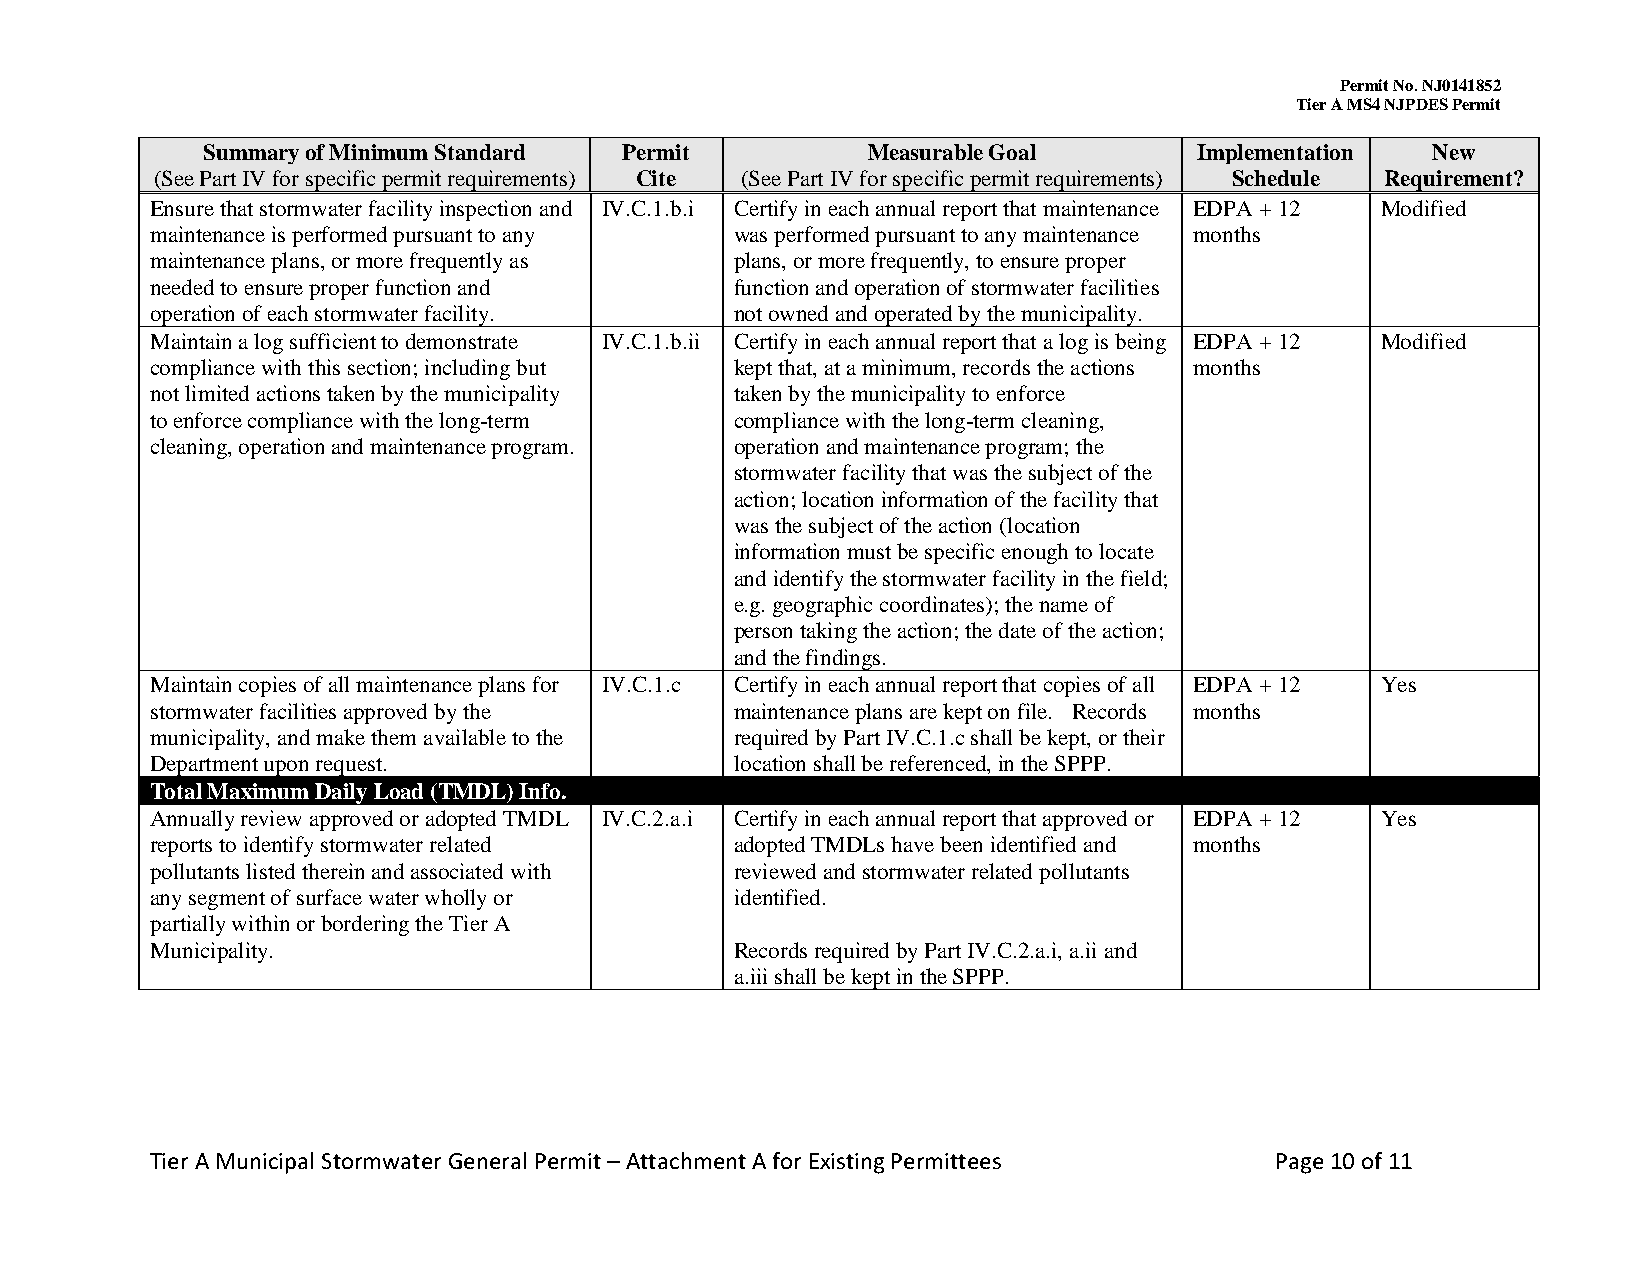
Permit No. NJ0141852
 Tier A MS4 NJPDES Permit
 Summary of Minimum Standard Permit          Measurable Goal       Implementation  New
 (See Part IV for specific permit requirements) Cite (See Part IV for specific permit requirements) Schedule Requirement?
 Ensure that stormwater facility inspection and IV.C.1.b.i Certify in each annual report that maintenance EDPA + 12 Modified
 maintenance is performed pursuant to any was performed pursuant to any maintenance months
 maintenance plans, or more frequently as plans, or more frequently, to ensure proper
 needed to ensure proper function and   function and operation of stormwater facilities
 operation of each stormwater facility. not owned and operated by the municipality.
 Maintain a log sufficient to demonstrate IV.C.1.b.ii Certify in each annual report that a log is being EDPA + 12 Modified
 compliance with this section; including but kept that, at a minimum, records the actions months
 not limited actions taken by the municipality taken by the municipality to enforce
 to enforce compliance with the long-term compliance with the long-term cleaning,
 cleaning, operation and maintenance program. operation and maintenance program; the
 stormwater facility that was the subject of the
 action; location information of the facility that
 was the subject of the action (location
 information must be specific enough to locate
 and identify the stormwater facility in the field;
 e.g. geographic coordinates); the name of
 person taking the action; the date of the action;
 and the findings.
 Maintain copies of all maintenance plans for IV.C.1.c Certify in each annual report that copies of all EDPA + 12 Yes
 stormwater facilities approved by the  maintenance plans are kept on file. Records months
 municipality, and make them available to the required by Part IV.C.1.c shall be kept, or their
 Department upon request.               location shall be referenced, in the SPPP.
 Total Maximum Daily Load (TMDL) Info.
 Annually review approved or adopted TMDL IV.C.2.a.i Certify in each annual report that approved or EDPA + 12 Yes
 reports to identify stormwater related adopted TMDLs have been identified and months
 pollutants listed therein and associated with reviewed and stormwater related pollutants
 any segment of surface water wholly or identified.
 partially within or bordering the Tier A
 Municipality.                          Records required by Part IV.C.2.a.i, a.ii and
 a.iii shall be kept in the SPPP.
 Tier A Municipal Stormwater General Permit – Attachment A for Existing Permittees Page 10 of 11